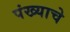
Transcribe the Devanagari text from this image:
पंख्याचे